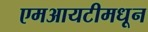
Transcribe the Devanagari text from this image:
एमआयटीमधून